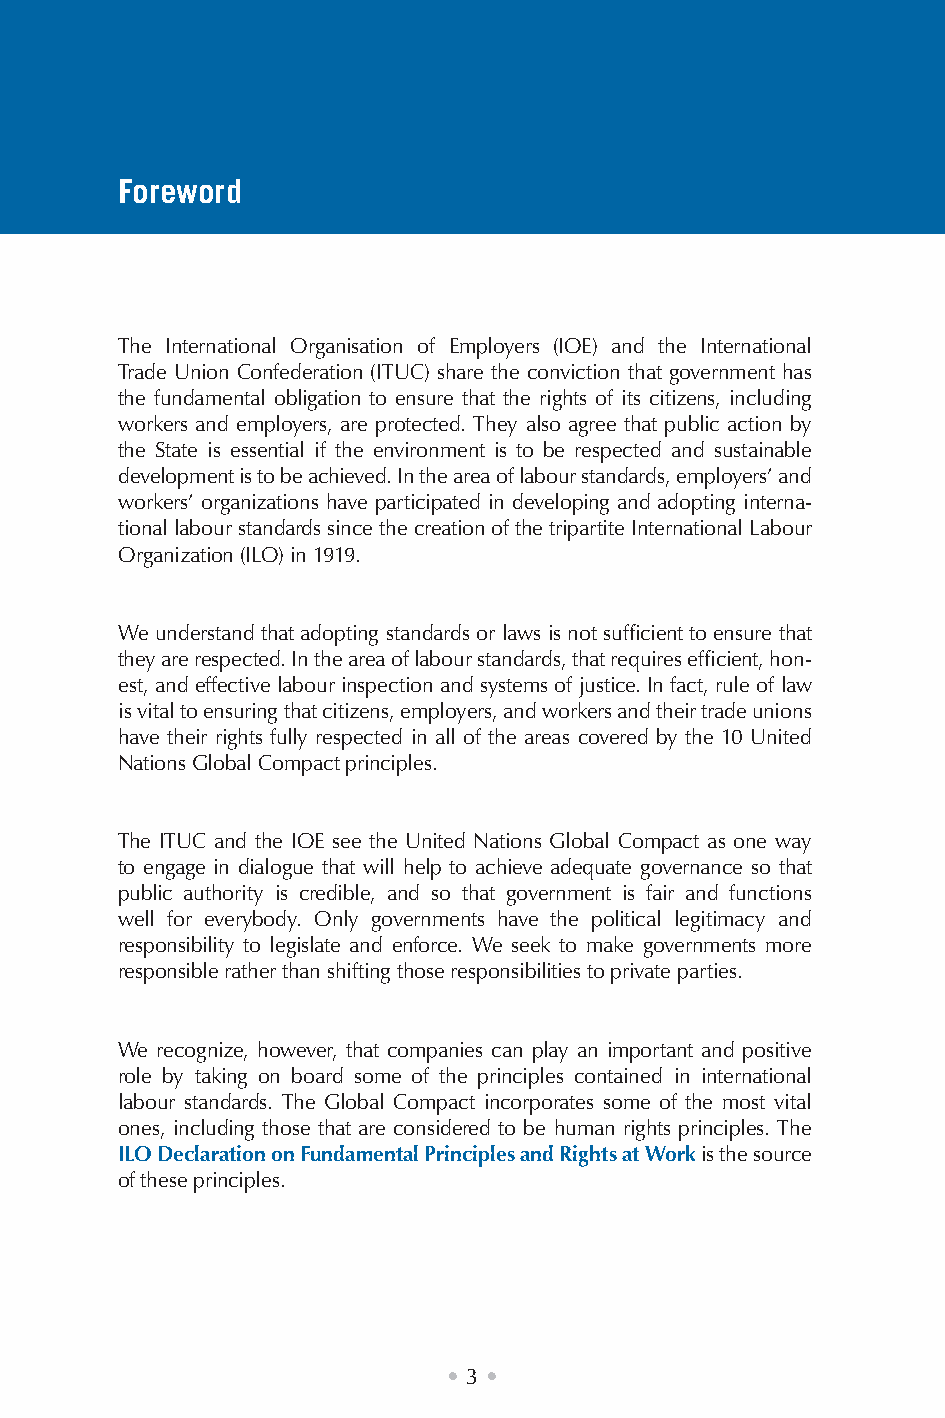
Foreword
 The International Organisation of Employers (IOE) and the International
 Trade Union Confederation (ITUC) share the conviction that government has
 the fundamental obligation to ensure that the rights of its citizens, including
 workers and employers, are protected. They also agree that public action by
 the State is essential if the environment is to be respected and sustainable
 development is to be achieved. In the area of labour standards, employers’ and
 workers’ organizations have participated in developing and adopting interna-
 tional labour standards since the creation of the tripartite International Labour
 Organization (ILO) in 1919.
 We understand that adopting standards or laws is not sufficient to ensure that
 they are respected. In the area of labour standards, that requires efficient, hon-
 est, and effective labour inspection and systems of justice. In fact, rule of law
 is vital to ensuring that citizens, employers, and workers and their trade unions
 have their rights fully respected in all of the areas covered by the 10 United
 Nations Global Compact principles.
 The ITUC and the IOE see the United Nations Global Compact as one way
 to engage in dialogue that will help to achieve adequate governance so that
 public authority is credible, and so that government is fair and functions
 well for everybody. Only governments have the political legitimacy and
 responsibility to legislate and enforce. We seek to make governments more
 responsible rather than shifting those responsibilities to private parties.
 We recognize, however, that companies can play an important and positive
 role by taking on board some of the principles contained in international
 labour standards. The Global Compact incorporates some of the most vital
 ones, including those that are considered to be human rights principles. The
 ILO Declaration on Fundamental Principles and Rights at Work is the source
 of these principles.
 • 3 •
 ruobal
 yroslupmoc
 dna
 decrof
 fo
 smrof
 lla
 fo
 noitanimile